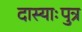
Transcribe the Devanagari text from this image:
दास्याःपुत्र